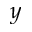
y